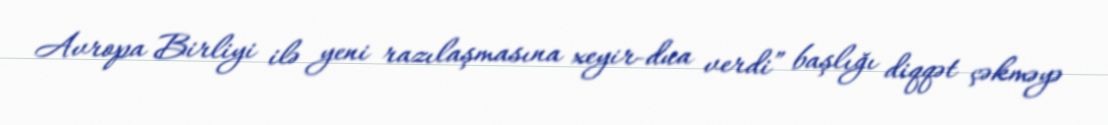
Avropa Birliyi ilə yeni razılaşmasına xeyir-dua verdi” başlığı diqqət çəkməyə